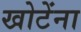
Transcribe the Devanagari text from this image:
खोटेंना